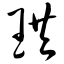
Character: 珙